Some observations on the morphology and mechanism of the parts in the orthorrapha - Number 58
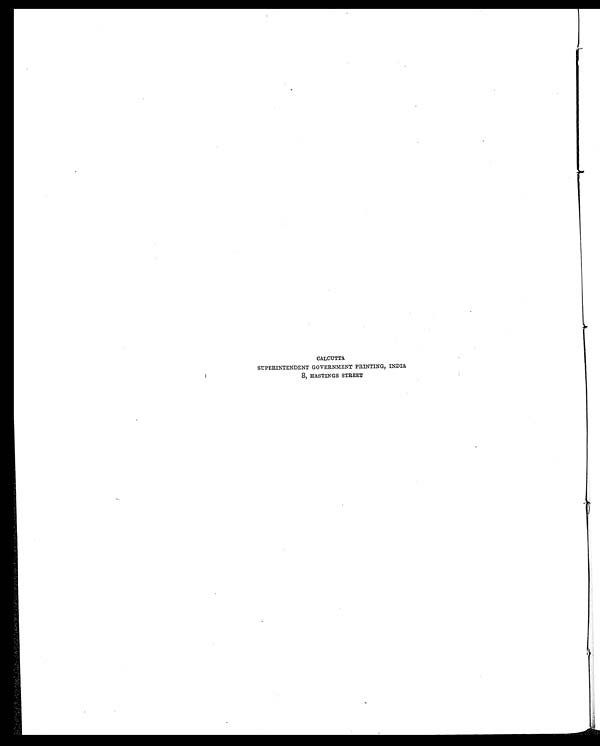
CALCUTTA
SUPERINTENDENT GOVERNMENT PRINTING, INDIA
8, HASTINGS STREET